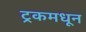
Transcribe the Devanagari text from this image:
ट्रकमधून